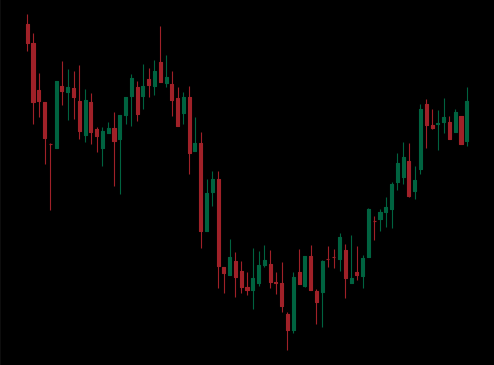
Pattern: inverse_head_shoulders